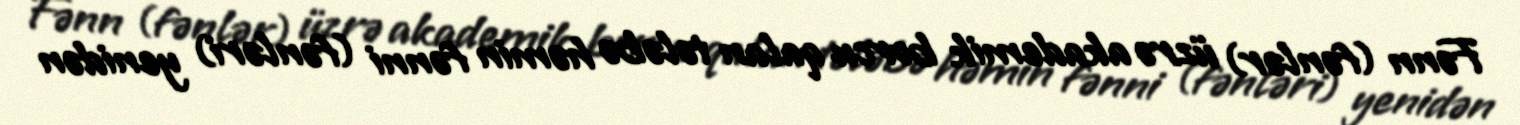
Fənn (fənlər) üzrə akademik borcu qalan tələbə həmin fənni (fənləri) yenidən